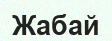
Жабай